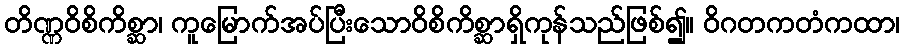
တိဏ္ဏဝိစိကိစ္ဆာ၊ ကူမြောက်အပ်ပြီးသောဝိစိကိစ္ဆာရှိကုန်သည်ဖြစ်၍။ ဝိဂတကတံကထာ၊